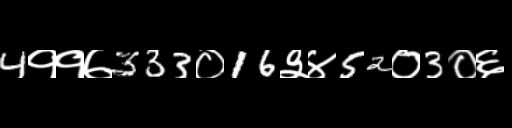
Text: 4११७333०16३४52०3०६